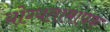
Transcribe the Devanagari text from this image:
योग्यतामापक